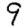
Digit: 9